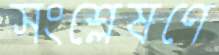
সংশ্লেষণে